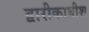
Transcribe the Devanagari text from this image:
द्वारीकाधीश